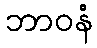
ဘာဝနံ